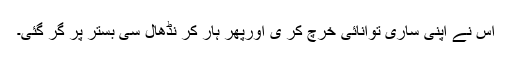
اس نے اپنی ساری توانائی خرچ کر ی اورپھر ہار کر نڈھال سی بستر پر گر گئی۔